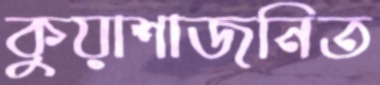
কুয়াশাজনিত